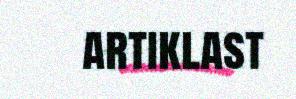
artiklast